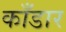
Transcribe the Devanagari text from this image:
काँडार